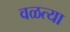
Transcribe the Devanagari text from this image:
वळत्या